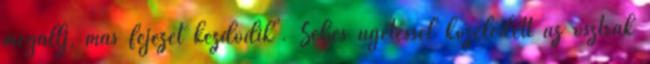
megállj, más fejezet kezdődik". Sebes ügetéssel közeledett az osztrák